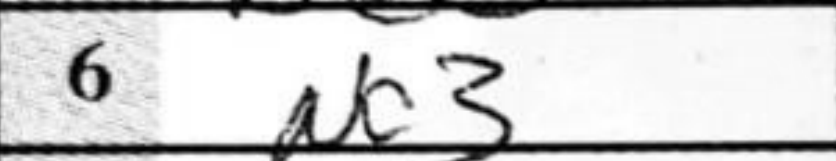
Transcription: Nc3